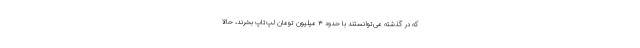
که در گذشته می‌توانستند با حدود ۳ میلیون تومان لپ‌تاپ بخرند، حالا